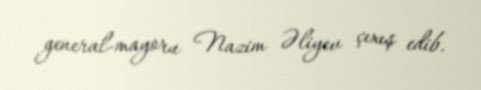
general-mayoru Nazim Əliyev çıxış edib.